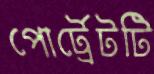
পোর্ট্রেটটি